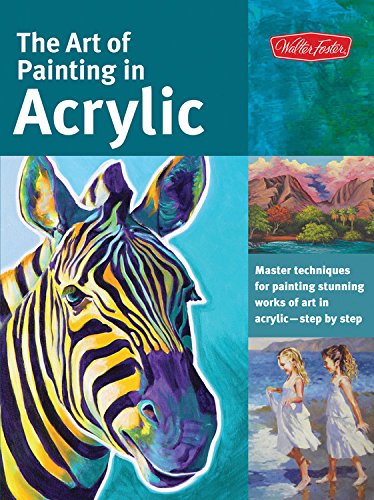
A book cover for The Art of Painting in Acrylic: Master techniques for painting stunning works of art in acrylic-step by step (Collector's Series); Alicia Vannoy Call; Arts & Photography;